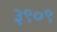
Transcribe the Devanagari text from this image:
३९०९